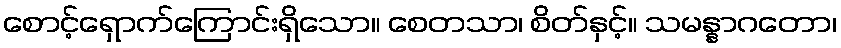
စောင့်ရှောက်ကြောင်းရှိသော။ စေတသာ၊ စိတ်နှင့်။ သမန္နာဂတော၊